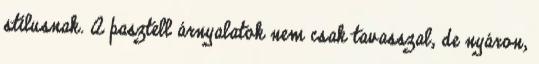
stílusnak. A pasztell árnyalatok nem csak tavasszal, de nyáron,